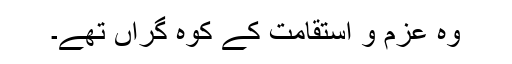
وہ عزم و استقامت کے کوہِ گراں تھے۔